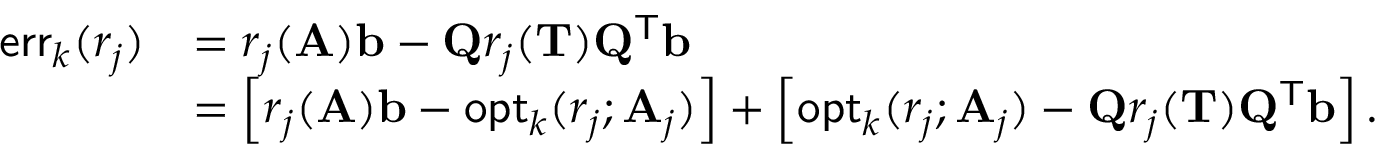
\begin{array} { r l } { \mathsf { e r r } _ { k } ( r _ { j } ) } & { = r _ { j } ( \mathbf { A } ) \mathbf { b } - \mathbf { Q } r _ { j } ( \mathbf { T } ) \mathbf { Q } ^ { \mathsf { T } } \mathbf { b } } \\ & { = \left[ r _ { j } ( \mathbf { A } ) \mathbf { b } - \mathsf { o p t } _ { k } ( r _ { j } ; \mathbf { A } _ { j } ) \right] + \left[ \mathsf { o p t } _ { k } ( r _ { j } ; \mathbf { A } _ { j } ) - \mathbf { Q } r _ { j } ( \mathbf { T } ) \mathbf { Q } ^ { \mathsf { T } } \mathbf { b } \right] . } \end{array}